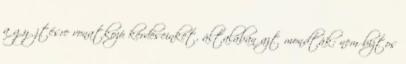
a gyűjtésre vonatkozó kérdéseinket, általában azt mondták: nem biztos